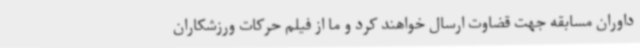
داوران مسابقه جهت قضاوت ارسال خواهند کرد و ما از فیلم حرکات ورزشکاران